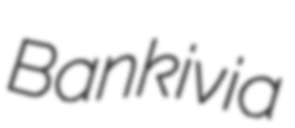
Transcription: Bankivia